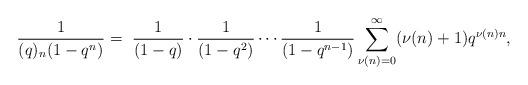
LaTeX: \begin{align*}\frac{1}{(q)_n (1-q^n)} = \ \frac{1}{(1-q)}\cdot\frac{1}{(1-q^2)} \cdots \frac{1}{(1-q^{n-1})} \sum_{\nu(n)=0}^{\infty}(\nu(n)+1)q^{\nu(n)n},\end{align*}